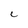
Character: C